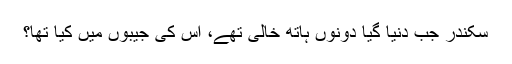
سکندر جب دنیا گیا دونوں ہاتھ خالی تھے، اس کی جیبوں میں کیا تھا؟